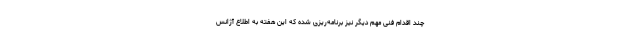
چند اقدام فنی مهم دیگر نیز برنامه‌ریزی شده که این هفته به اطلاع آژانس